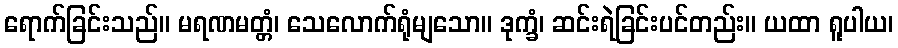
ရောက်ခြင်းသည်။ မရဏမတ္တံ၊ သေလောက်ရုံမျသော။ ဒုက္ခံ၊ ဆင်းရဲခြင်းပင်တည်း။ ယထာ ရူပါယ၊